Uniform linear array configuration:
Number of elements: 12
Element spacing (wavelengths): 1
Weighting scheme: hann
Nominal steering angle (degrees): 60
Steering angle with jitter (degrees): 59.368
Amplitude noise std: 0.05
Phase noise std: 0.05

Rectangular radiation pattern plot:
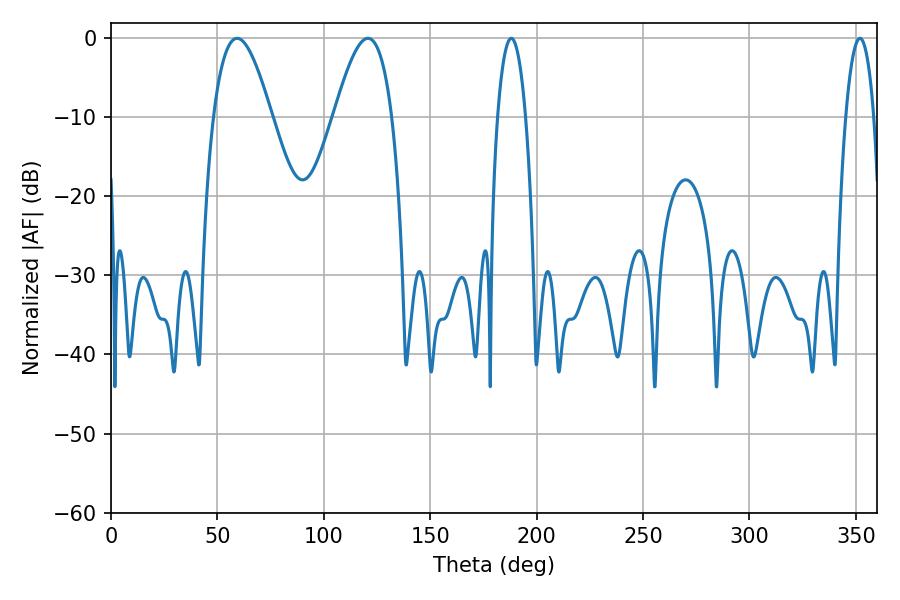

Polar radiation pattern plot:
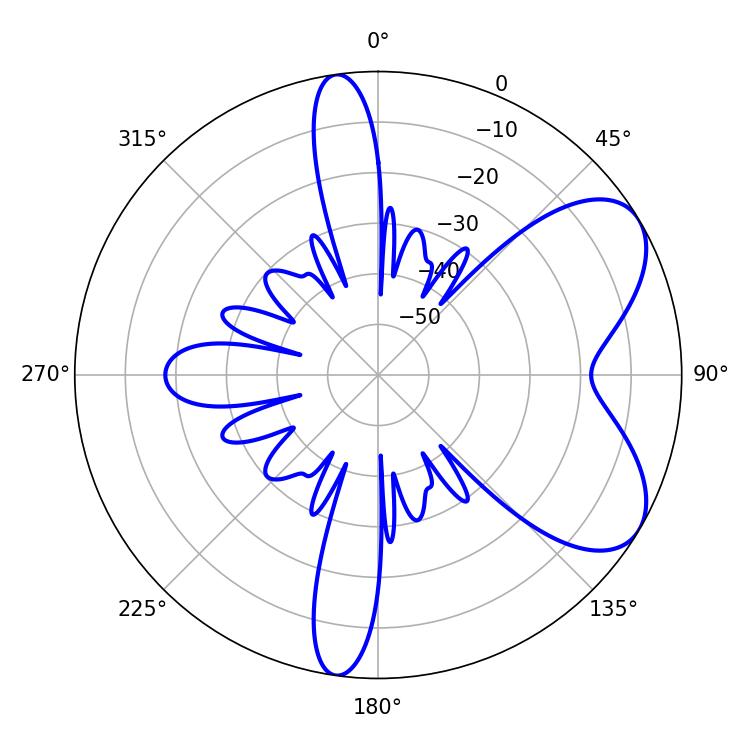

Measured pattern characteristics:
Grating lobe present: TRUE
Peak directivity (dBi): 6.475
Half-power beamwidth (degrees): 14.76
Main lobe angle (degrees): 59.22